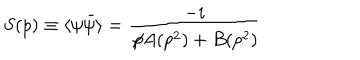
S ( p ) \equiv \langle \psi \bar { \psi } \rangle = \frac { - i } { \not \! p A ( p ^ { 2 } ) + B ( p ^ { 2 } ) }